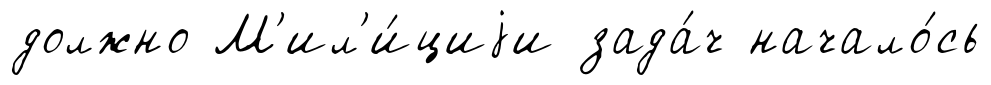
должно М'ил'и́циjи зада́ч начало́сь